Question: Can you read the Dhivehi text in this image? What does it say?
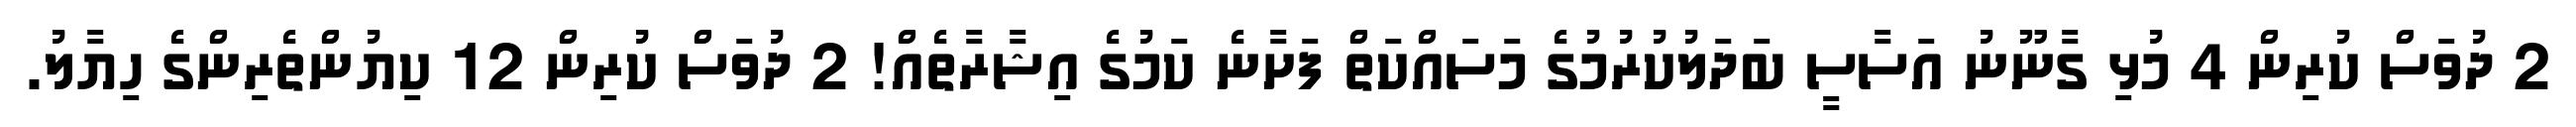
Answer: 2 ދުވަސް ކުރިން 4 މުޅި ގާނޫނު އަސާސީ ބަދަލުކުރުމުގެ މަސައްކަތް ފަށާނެ ކަމުގެ އިޝާރާތެއް! 2 ދުވަސް ކުރިން 12 ކިޔުންތެރިންގެ ހިޔާލު.